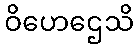
ဝိဟေဌေသိ